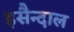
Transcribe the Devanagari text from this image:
इसैन्दाल